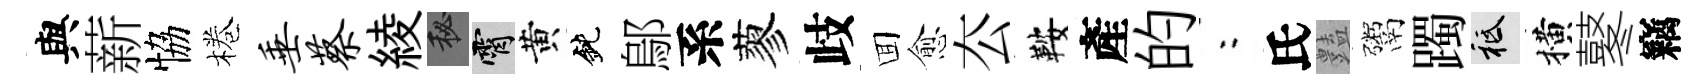
與薪恊棬垂蔡綾秘霄黄鈍鄔系蓼歧囬愈厺鞍產的欸氏𧰟鬻躅祇横鼕竊